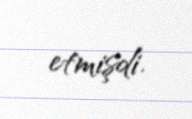
etmişdi.